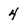
Character: 4